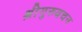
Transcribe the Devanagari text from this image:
श्रीगुरुवचन